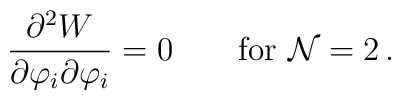
\frac{\partial^2 {W}}{\partial \varphi_i \partial\varphi_i}=0\qquad \mbox{for ${\cal N}=2$}\,.